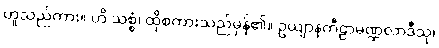
ဟူသည်ကား။ ဟိ သစ္စံ၊ ထိုစကားသည်မှန်၏။ ဥယျာနကီဠာမဏ္ဍလာဒီသု၊